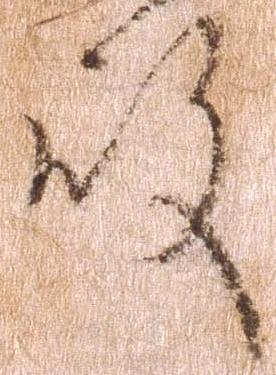
殿